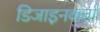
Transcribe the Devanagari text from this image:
डिजाइनकर्त्ता